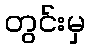
တွင်းမှ